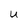
Character: U